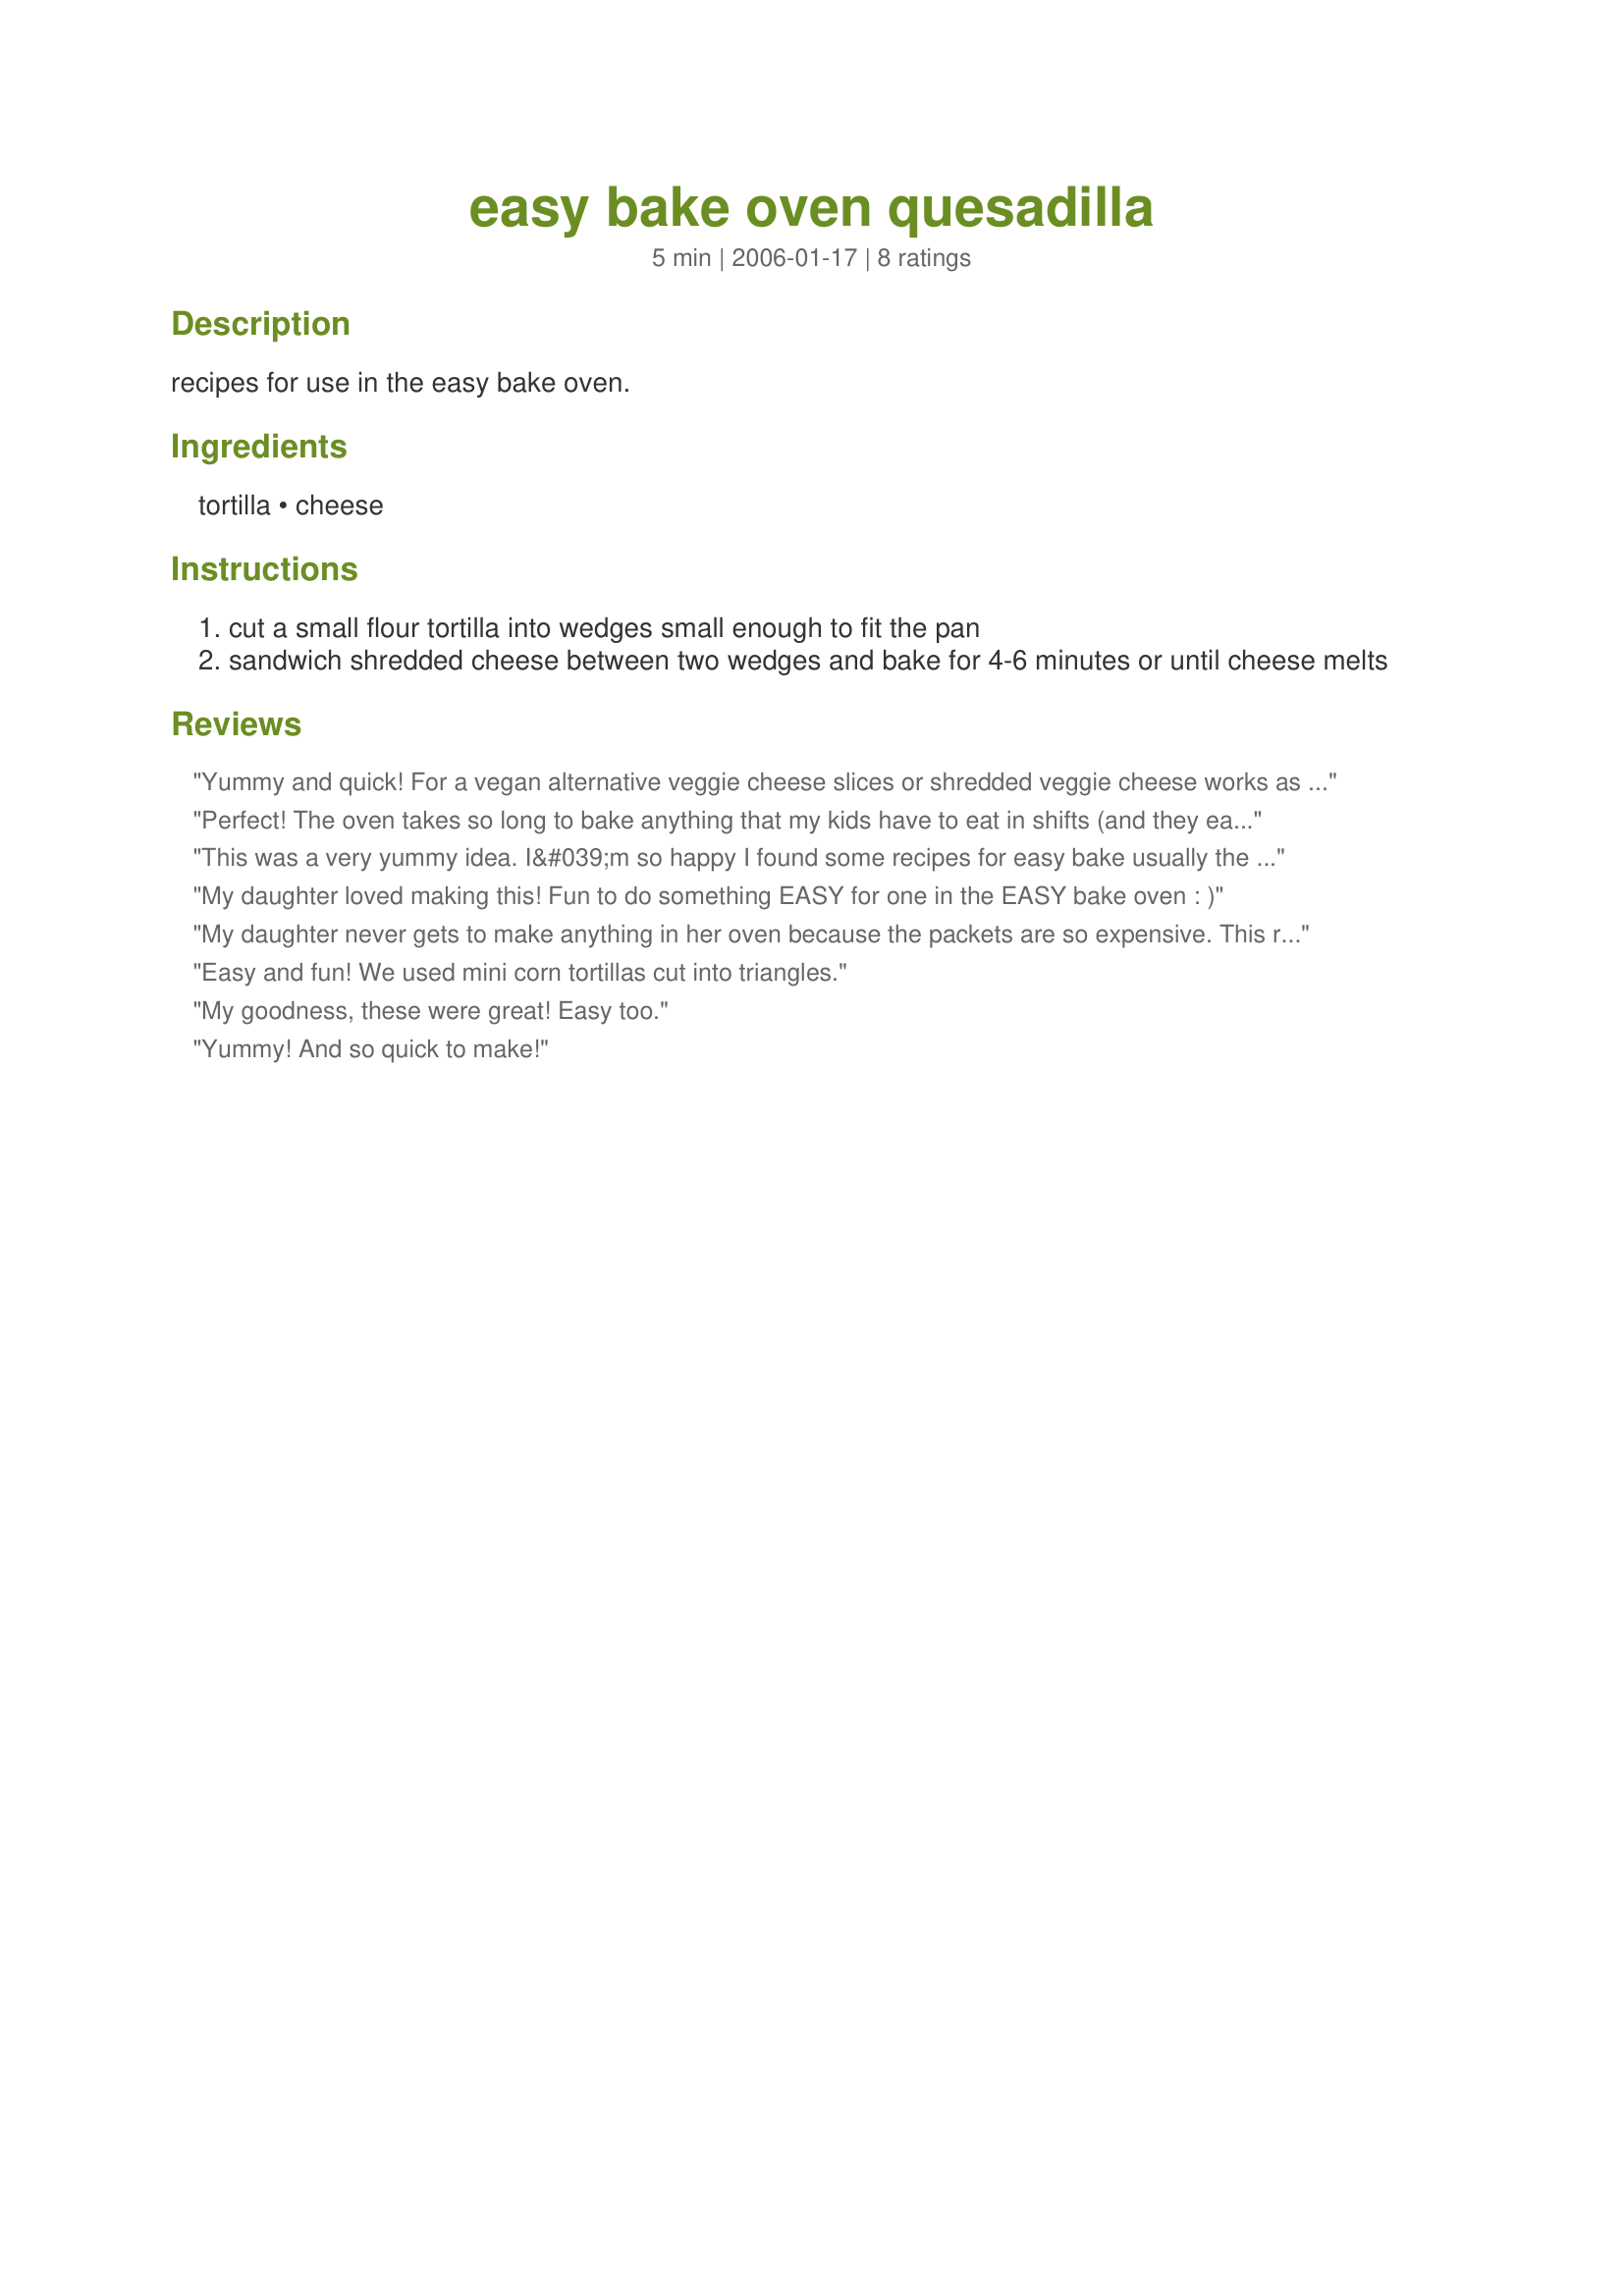
easy bake oven quesadilla
Preparation time: 5 minutes

recipes for use in the easy bake oven.

Ingredients:
tortilla, cheese

Steps:
cut a small flour tortilla into wedges small enough to fit the pan
sandwich shredded cheese between two wedges and bake for 4-6 minutes or until cheese melts

Reviews:
Yummy and quick! For a vegan alternative veggie cheese slices or shredded veggie cheese works as well.
We turned the scrap tortillas bits into chips, just break the tortilla scraps into small sections and place in a single layer, brush with olive oil and sprinkle salt, bake till crispy-bout 4-6 min depending on how long the oven has been operating.
Perfect! The oven takes so long to bake anything that my kids have to eat in shifts (and they eat multiple portions). This is perfect. It is quick, easy and DOES NOT make a mess!!! Thanks for this simple recipe!
This was a very yummy idea. I&#039;m so happy I found some recipes for easy bake usually the packets cost so much. Good idea (:
My daughter loved making this! Fun to do something EASY for one in the EASY bake oven : )
My daughter never gets to make anything in her oven because the packets are so expensive. This recipe is so fun for her to make!
Easy and fun! We used mini corn tortillas cut into triangles.
My goodness, these were great! Easy too.
Yummy! And so quick to make!
